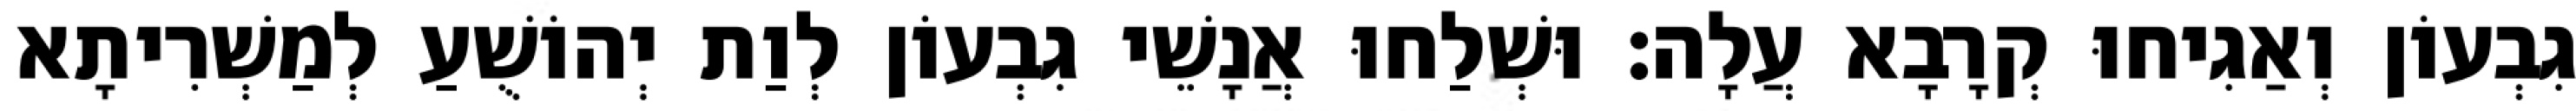
גִבְעוֹן וְאַגִיחוּ קְרָבָא עֲלָה׃ וּשְׁלַחוּ אֲנָשֵׁי גִבְעוֹן לְוַת יְהוֹשֻׁעַ לְמַשְׁרִיתָא